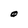
Character: O